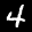
Label: 4